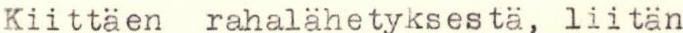
Kiittäen rahalähetyksestä, liitän